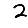
Digit: 2